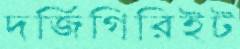
দর্জিগিরিইট